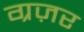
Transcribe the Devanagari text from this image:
ग्रज़र